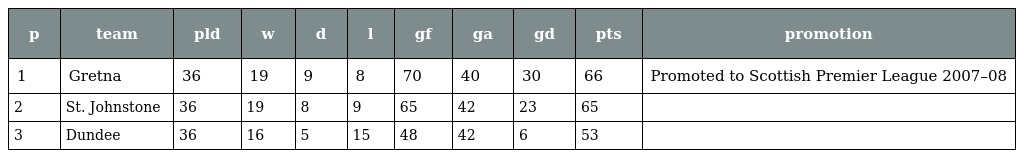
| p | team | pld | w | d | l | gf | ga | gd | pts | promotion |
 | --- | --- | --- | --- | --- | --- | --- | --- | --- | --- | --- |
 | 1 | Gretna | 36 | 19 | 9 | 8 | 70 | 40 | 30 | 66 | Promoted to Scottish Premier League 2007–08 |
 | 2 | St. Johnstone | 36 | 19 | 8 | 9 | 65 | 42 | 23 | 65 |  |
 | 3 | Dundee | 36 | 16 | 5 | 15 | 48 | 42 | 6 | 53 |  |